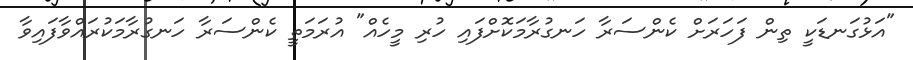
"އަޅުގަނޑަކީ ތިން ފަހަރަށް ކެންސަރާ ހަނގުރާމަކޮށްފައި ހުރި މީހެއް" އުރަމަތީ ކެންސަރާ ހަނގުރާމަކުރައްވާފައިވާ